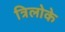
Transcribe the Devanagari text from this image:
त्रिलोके